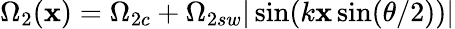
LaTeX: \Omega_{2}(\mathbf{x})=\Omega_{2c}+\Omega_{2sw}|\sin(k\mathbf{x}\sin(\theta/2))|